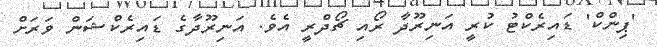
'ޕިންކް' ޑައިރެކްޓު ކުރީ އަނިރޫދާ ރޯއި ޗޯދްރީ އެވެ. އަނިރޫދާގެ ޑައިރެކްޝަން ވަރަށް